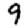
Digit: 9